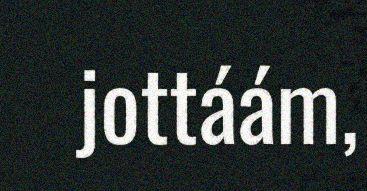
jottáám,